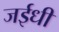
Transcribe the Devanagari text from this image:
जईधी